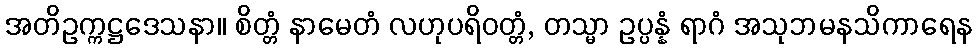
အတိဥက္ကဋ္ဌဒေသနာ။ စိတ္တံ နာမေတံ လဟုပရိဝတ္တံ, တသ္မာ ဥပ္ပန္နံ ရာဂံ အသုဘမနသိကာရေန